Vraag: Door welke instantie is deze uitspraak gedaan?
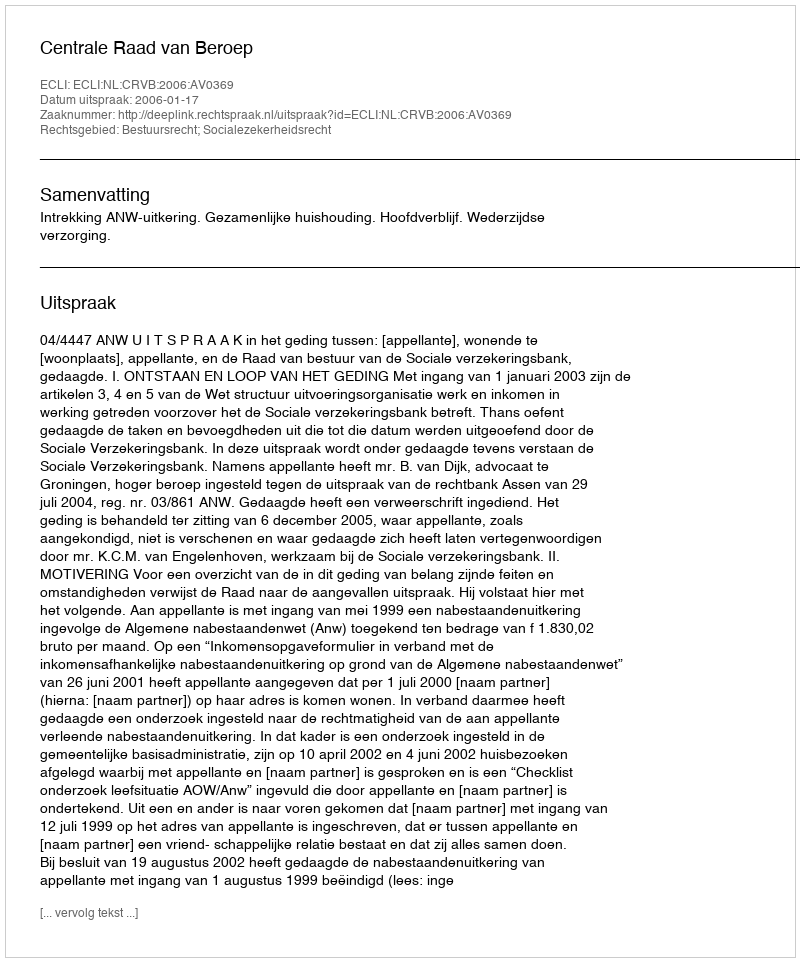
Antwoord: Centrale Raad van Beroep